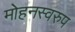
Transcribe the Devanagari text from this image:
मोहनस्वरुप